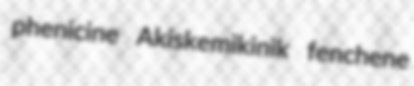
phenicine Akiskemikinik fenchene